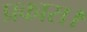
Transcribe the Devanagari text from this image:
प्रकास।